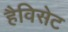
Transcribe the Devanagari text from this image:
हैविसेट